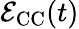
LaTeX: \mathcal{E}_{\mathrm{CC}}(t)